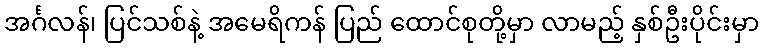
အင်္ဂလန်၊ ပြင်သစ်နဲ့ အမေရိကန် ပြည် ထောင်စုတို့မှာ လာမည့် နှစ်ဦးပိုင်းမှာ